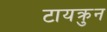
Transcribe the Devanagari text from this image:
टायक्रुन